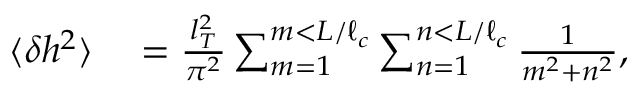
\begin{array} { r l } { \langle \delta h ^ { 2 } \rangle } & { { } = \frac { l _ { T } ^ { 2 } } { \pi ^ { 2 } } \sum _ { m = 1 } ^ { m < L / \ell _ { c } } \sum _ { n = 1 } ^ { n < L / \ell _ { c } } \frac { 1 } { m ^ { 2 } + n ^ { 2 } } , } \end{array}